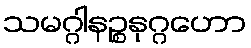
သမဂ္ဂါနဉ္စနုဂ္ဂဟော